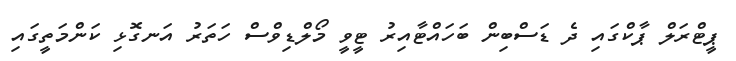
ޕީޓްރަލް ޕާކްގައި ދެ ޑަސްބިން ބަހައްޓާއިރު ޓީވީ މޯލްޑިވްސް ހަތަރު އަނގޮޅި ކަންމަތީގައި